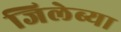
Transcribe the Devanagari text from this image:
जिलेब्या